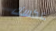
عكسك